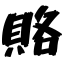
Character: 賂